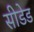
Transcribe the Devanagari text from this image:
सीडेड